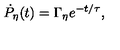
\dot { P } _ { \eta } ( t ) = \Gamma _ { \eta } e ^ { - t / \tau } ,